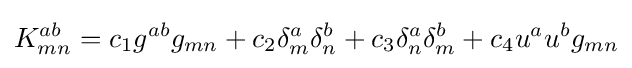
K_{mn}^{ab}=c_{1}g^{ab}g_{mn}+c_{2}\delta _{m}^{a}\delta _{n}^{b}+c_{3}\delta _{n}^{a}\delta _{m}^{b}+c_{4}u^{a}u^{b}g_{mn}